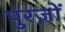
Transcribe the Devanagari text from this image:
पुरज़ों